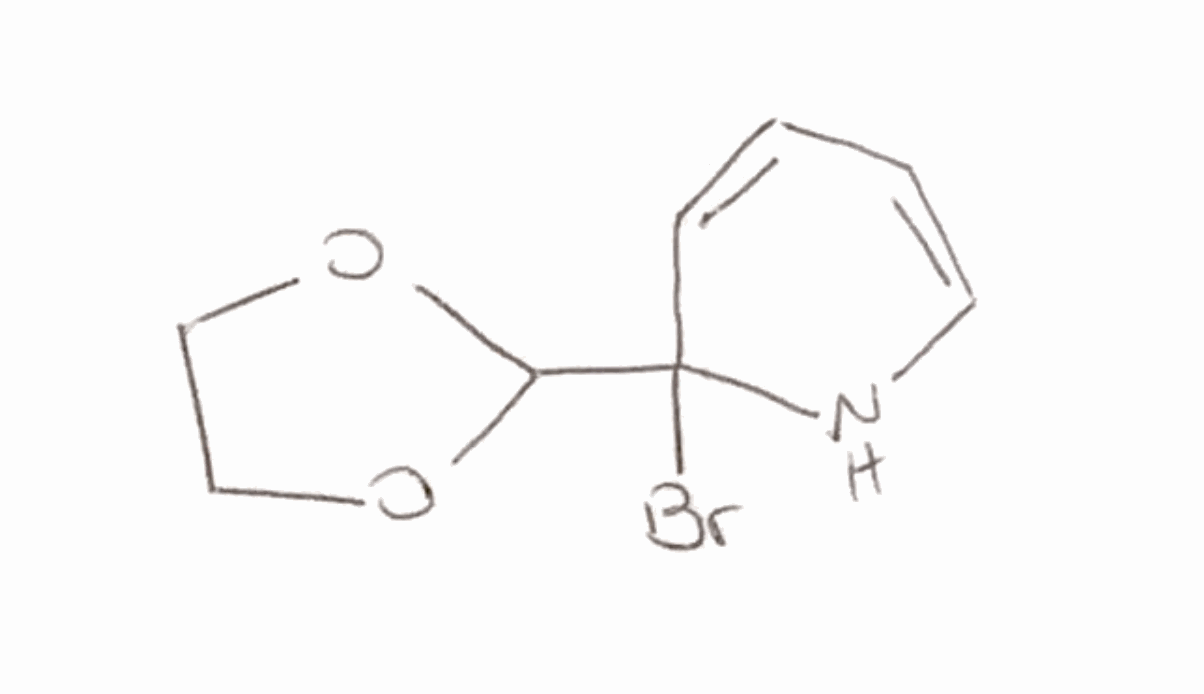
Simplified molecular-input line-entry system (SMILES) notation of the given molecule:
C1COC(O1)C2(C=CC=CN2)Br